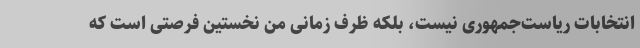
انتخابات ریاست‌جمهوری نیست، بلکه ظرف زمانی من نخستین فرصتی است که